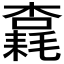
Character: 𱤠